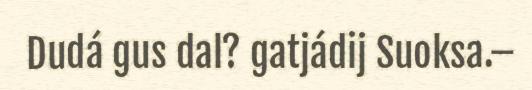
Dudá gus dal? gatjádij Suoksa.–